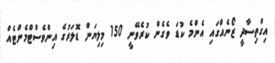
އިގްތިސާދީ ޒޯނެއްގައި އެންމެ ކުޑަ ވެގެން ކުރެވޭނީ 150 މިލިޔަން ޑޮލަރުގެ އިންވެސްޓްމެންޓެއް